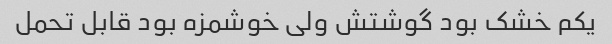
یکم خشک بود گوشتش ولی خوشمزه بود قابل تحمل